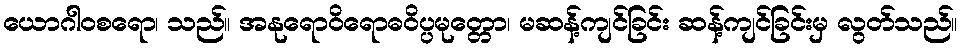
ယောဂါဝစရော၊ သည်။ အနုရောဝိရောဓဝိပ္ပမုတ္တော၊ မဆန့်ကျင်ခြင်း ဆန့်ကျင်ခြင်းမှ လွတ်သည်။